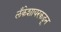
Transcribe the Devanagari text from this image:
लँकेशायरकडून